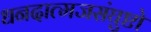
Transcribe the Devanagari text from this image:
धनदात्मजसंघुष्टो